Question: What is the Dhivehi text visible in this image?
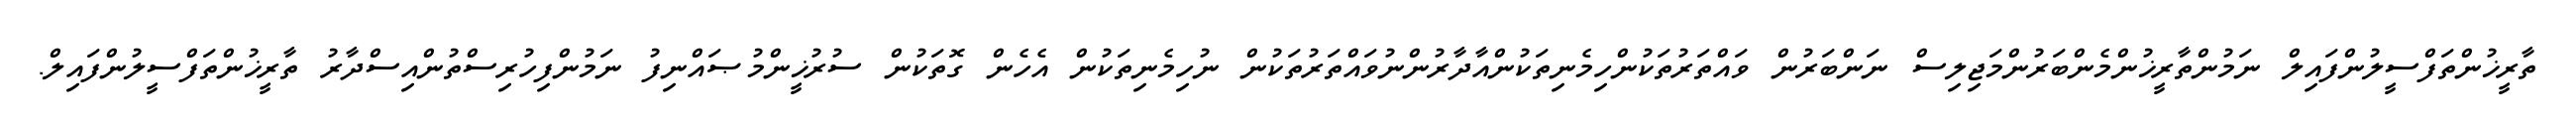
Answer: ތާރީޚުންތަފްސީލުންފައިލް ނަމުންތާރީޚުންމެންބަރުންމަޖިލިސް ނަންބަރުން ވައްތަރުތަކުންހިމެނިތަކުންއާދާރުންނުވައްތަރުތަކުން ނުހިމެނިތަކުން އެހެން ގޮތަކުން ސުރުޚީންމުޞައްނިފު ނަމުންފިހުރިސްތުންއިސްދާރު ތާރީޚުންތަފްސީލުންފައިލް.